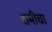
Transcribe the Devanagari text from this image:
शमीचा